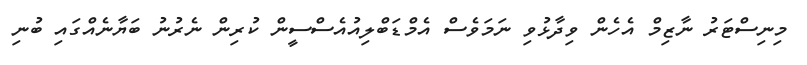
މިނިސްޓަރު ނާޒިމް އެހެން ވިދާޅުވި ނަމަވެސް އެމްޑަބްލިއުއެސްސީން ކުރިން ނެރުނު ބަޔާނެއްގައި ބުނި